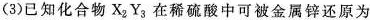
(3)已知化合物X_{2}Y_{3}在稀硫酸中可被金属锌还原为